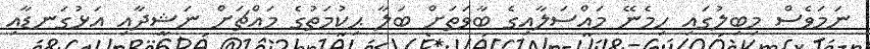
ނަމަވެސް މިބިލުގައި ހިމެނޭ މައްސަލާއިގެ ބާވަތަށް ބަލާ ޙިކުމަތުގެ މައްޗަށް ނަޝީދާއި އަޅުގަނޑާއި